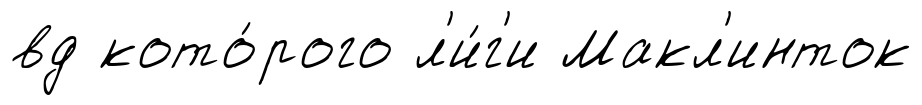
вд кото́рого л'и́г'и Макл'инток